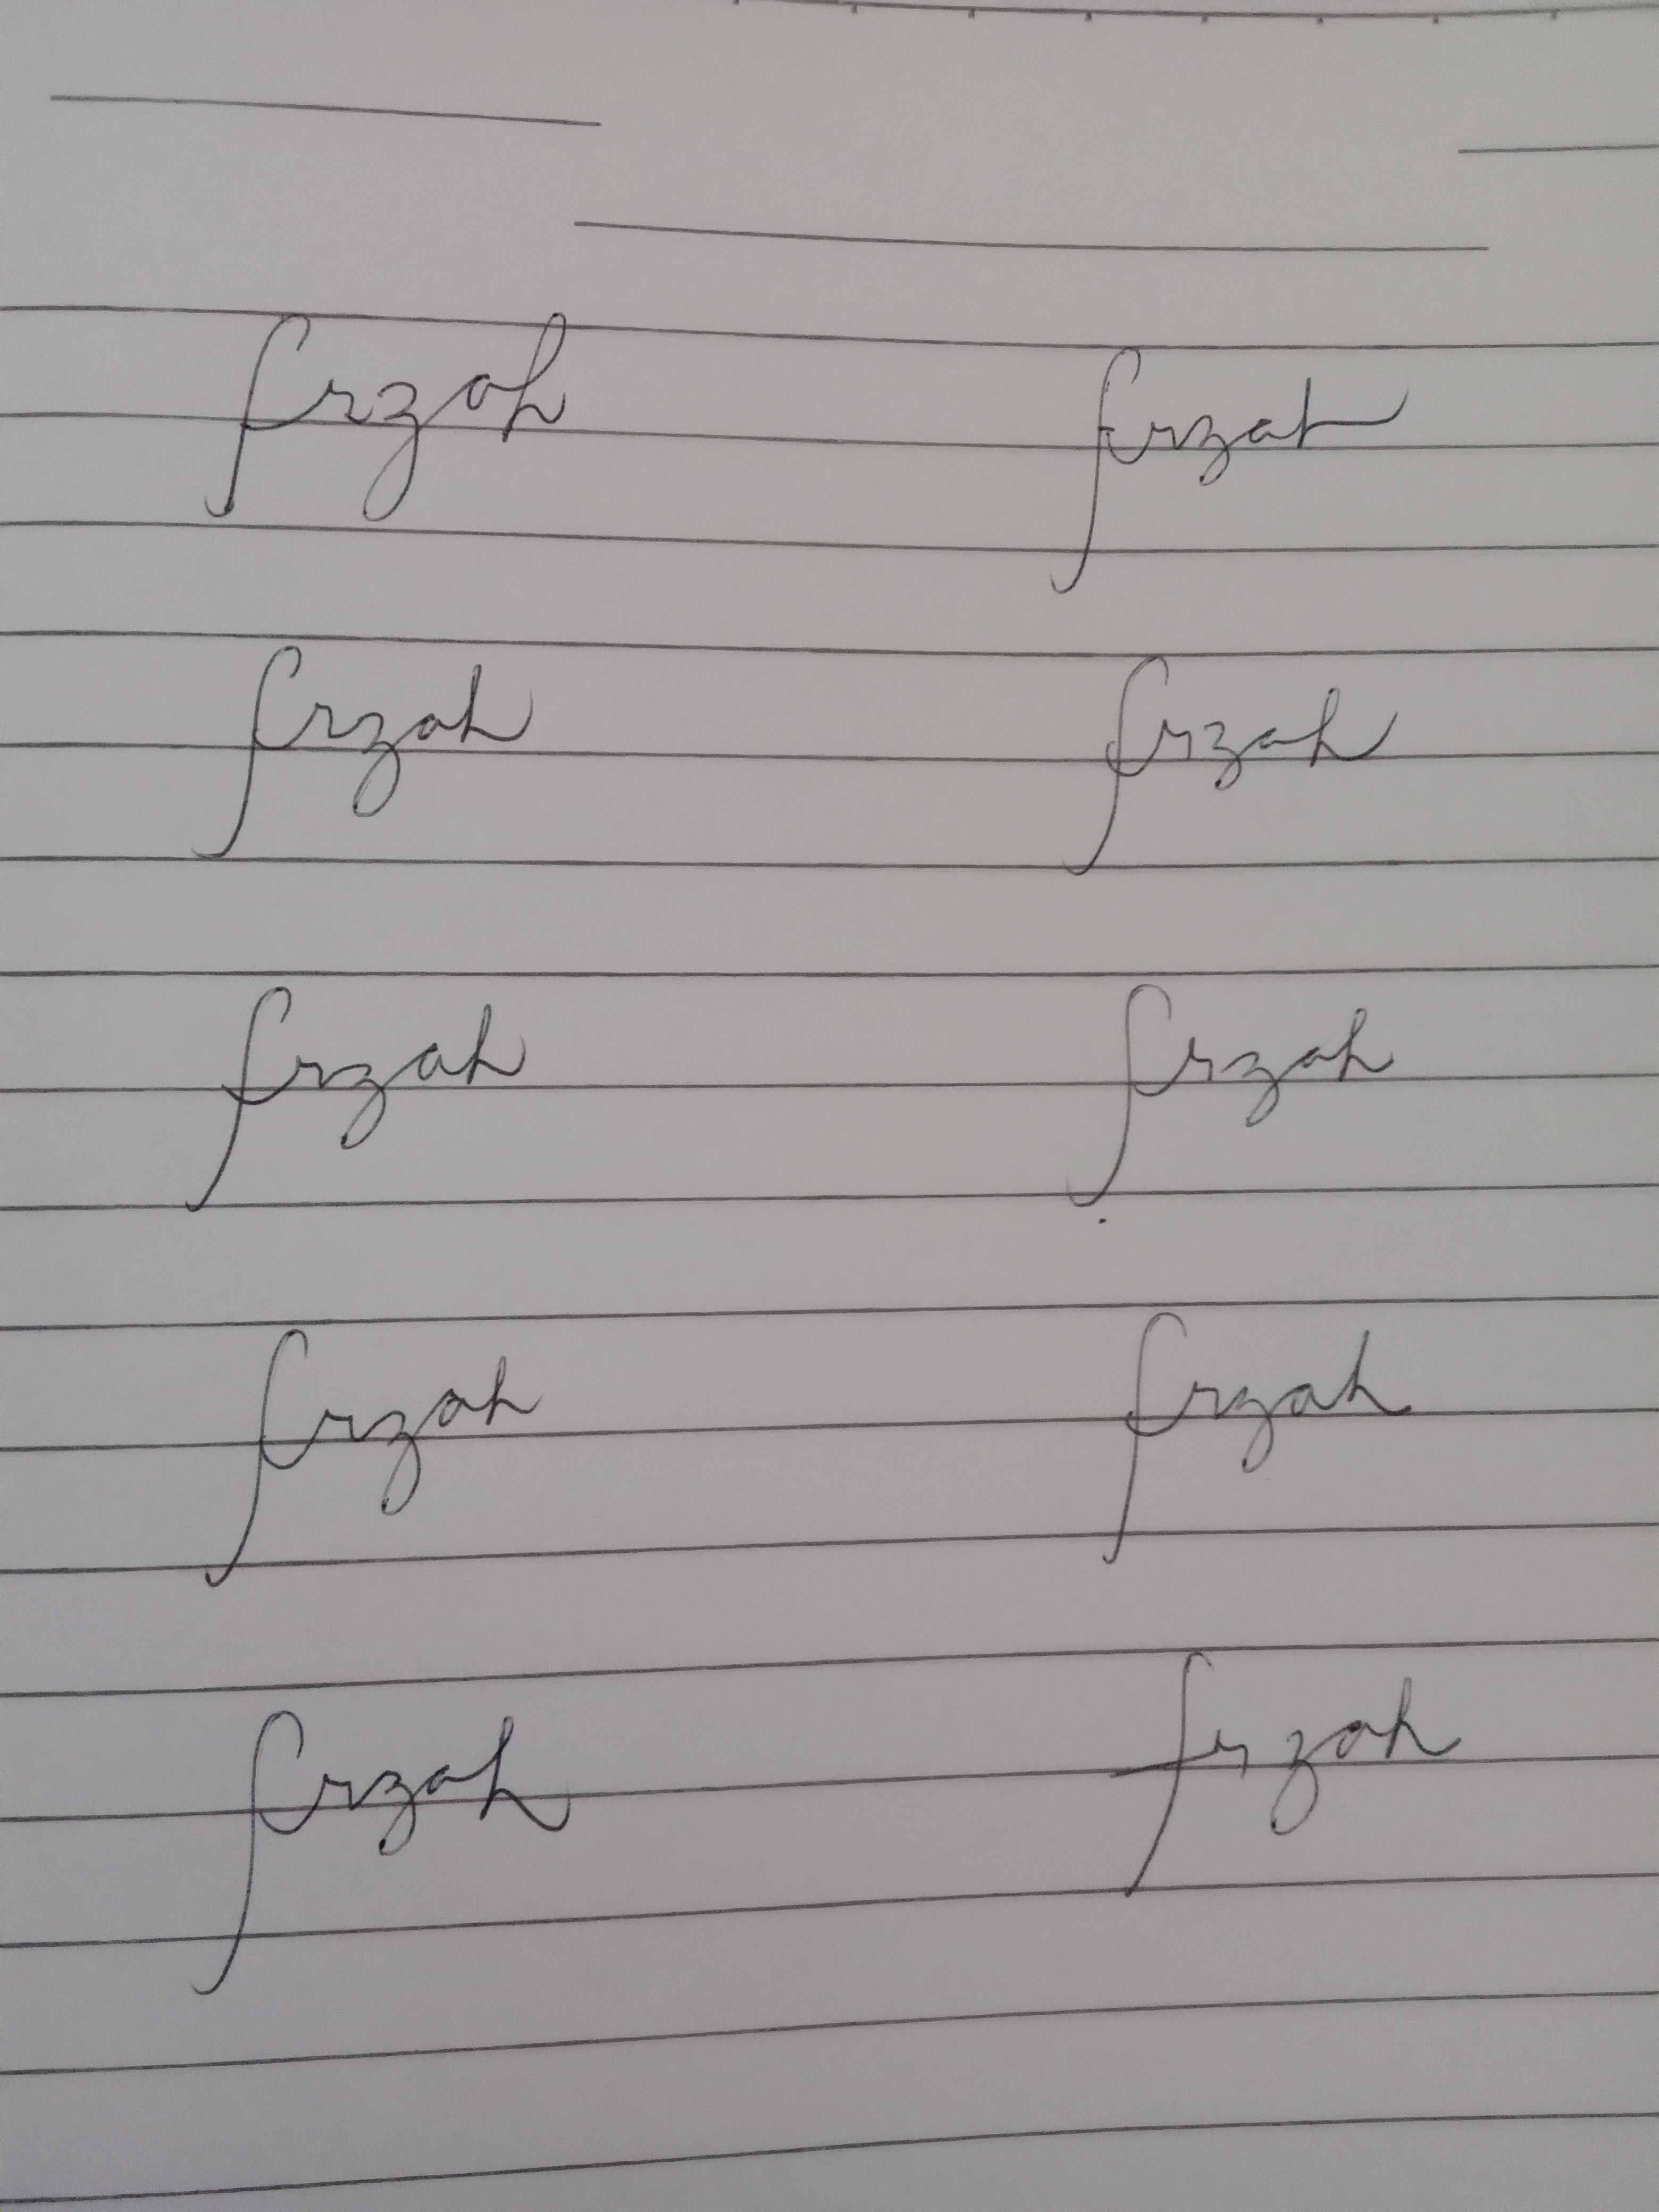
Signature authenticity: forged